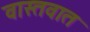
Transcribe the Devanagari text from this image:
वास्‍तवात